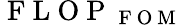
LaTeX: \mathrm{~F~L~O~P~}_{\mathrm{~F~O~M~}}